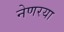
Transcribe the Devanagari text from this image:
नेणरया